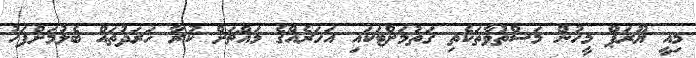
މިއީ ޔޫރަޕް މީހުން މަސްތުވާތަކެތި ގަތުމަށްޓަކައި އަހަރެއްގެ މައްޗަށް ކުރާ ޚަރަދުތައް ބެލުމަށްފަހު